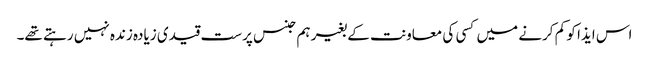
اس ایذا کو کم کرنے میں کسی کی معاونت کے بغیر ہم جنس پرست قیدی زیادہ زندہ نہیں رہتے تھے۔